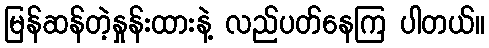
မြန်ဆန်တဲ့နှုန်းထားနဲ့ လည်ပတ်နေကြ ပါတယ်။